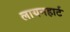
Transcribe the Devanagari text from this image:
लायनहार्ट